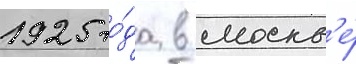
1925 го́да в москв'е́